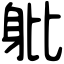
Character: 𨈚